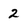
Character: 2